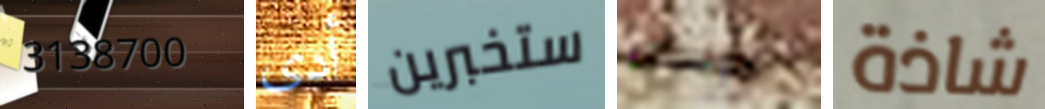
3138700 أدى ستخبرين الموسيقى شاذة